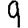
Digit: 9